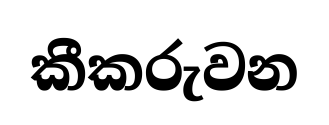
කීකරුවන